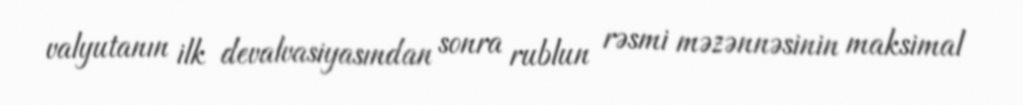
valyutanın ilk devalvasiyasından sonra rublun rəsmi məzənnəsinin maksimal